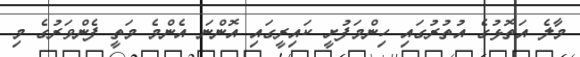
މާލެ އަތޮޅުގެ އުތުރުގައި ހިންމަފުށީ ކައިރީގައި އޮންނަ އެންމެ މަތީ ފެންވަރުގެ މި